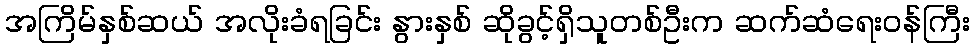
အကြိမ်နှစ်ဆယ် အလိုးခံရခြင်း နွားနှစ် ဆိုခွင့်ရှိသူတစ်ဦးက ဆက်ဆံရေးဝန်ကြီး